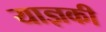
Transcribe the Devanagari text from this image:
याज्ञकी